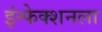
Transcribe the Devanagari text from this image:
इंन्फेक्शनला